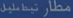
مظارن-تیپ-